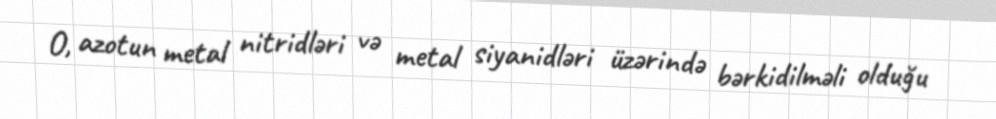
O, azotun metal nitridləri və metal siyanidləri üzərində bərkidilməli olduğu